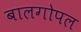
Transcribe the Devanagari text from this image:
बालगोपल